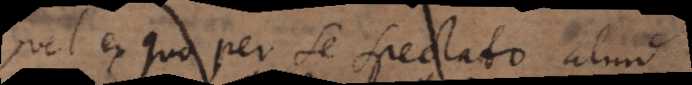
vel ex quo per se spectato aliud